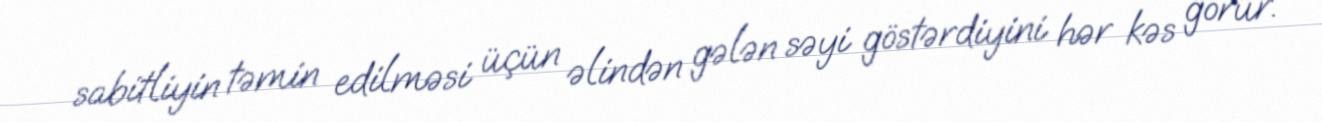
sabitliyin təmin edilməsi üçün əlindən gələn səyi göstərdiyini hər kəs görür.